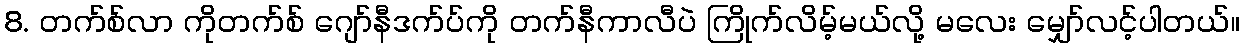
8. တက်စ်လာ ကိုတက်စ် ဂျော်နီဒက်ပ်ကို တက်နီကာလီပဲ ကြိုက်လိမ့်မယ်လို့ မလေး မျှော်လင့်ပါတယ်။